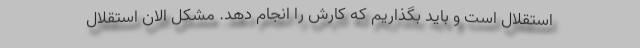
استقلال است و باید بگذاریم که کارش را انجام دهد. مشکل الان استقلال